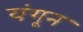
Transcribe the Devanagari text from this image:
यंगून